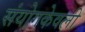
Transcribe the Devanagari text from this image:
संयोगकेवली